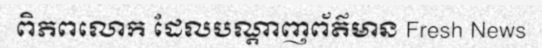
ពិភពលោក ដែលបណ្តាញព័ត៌មាន Fresh News